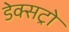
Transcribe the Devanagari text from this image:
डेक्सट्रो